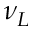
\nu _ { L }